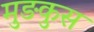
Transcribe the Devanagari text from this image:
मुङकुस